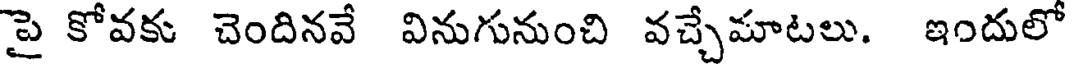
పై కోవకు చెందినవే వినుగునుంచి వచ్చేమాటలు. ఇందులో